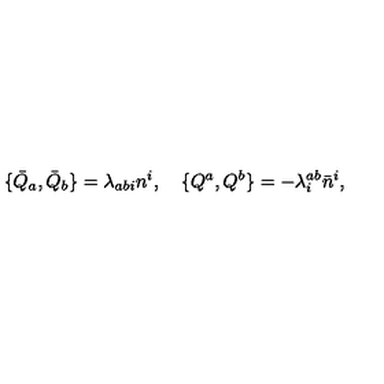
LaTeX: \{ \bar { Q } _ { a } , \bar { Q } _ { b } \} = \lambda _ { a b i } n ^ { i } , \quad \{ Q ^ { a } , Q ^ { b } \} = - \lambda _ { i } ^ { a b } \bar { n } ^ { i } ,